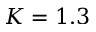
K = 1 . 3